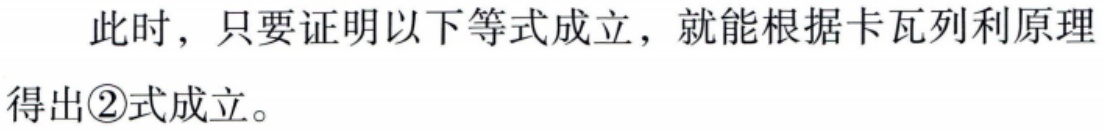
此时，只要证明以下等式成立，就能根据卡瓦列利原理得出\textcircled{2}式成立。